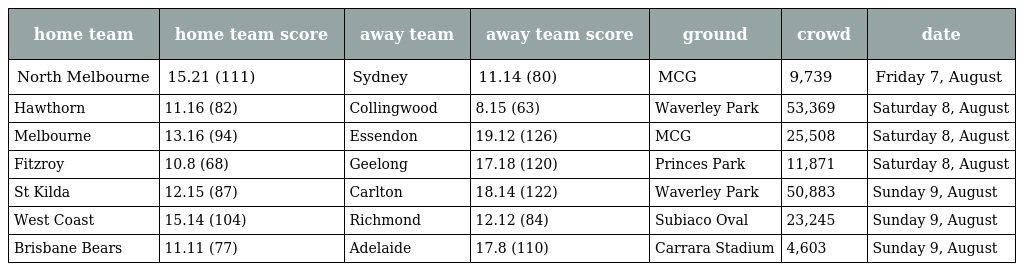
| home team | home team score | away team | away team score | ground | crowd | date |
 | --- | --- | --- | --- | --- | --- | --- |
 | North Melbourne | 15.21 (111) | Sydney | 11.14 (80) | MCG | 9,739 | Friday 7, August |
 | Hawthorn | 11.16 (82) | Collingwood | 8.15 (63) | Waverley Park | 53,369 | Saturday 8, August |
 | Melbourne | 13.16 (94) | Essendon | 19.12 (126) | MCG | 25,508 | Saturday 8, August |
 | Fitzroy | 10.8 (68) | Geelong | 17.18 (120) | Princes Park | 11,871 | Saturday 8, August |
 | St Kilda | 12.15 (87) | Carlton | 18.14 (122) | Waverley Park | 50,883 | Sunday 9, August |
 | West Coast | 15.14 (104) | Richmond | 12.12 (84) | Subiaco Oval | 23,245 | Sunday 9, August |
 | Brisbane Bears | 11.11 (77) | Adelaide | 17.8 (110) | Carrara Stadium | 4,603 | Sunday 9, August |